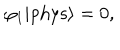
LaTeX: \varphi _ { 1 } | \mathrm { p h y s } \rangle = 0 ,